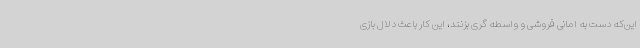
این‌که دست به امانی فروشی و واسطه گری بزنند، این کار باعث دلال بازی